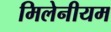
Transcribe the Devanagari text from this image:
मिलेनीयम